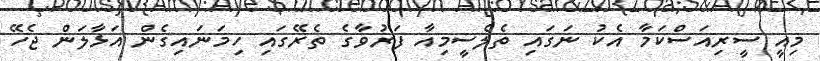
މިއީ ސީރިއަސްކަމާ އެކު ނަގައި ތެލެސީމިއާ ފަރުވާގެ ތެރޭގައި ހިމަނައިގެން އަޅާލަން ޖެހޭ